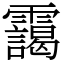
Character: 靄